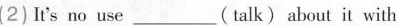
(2)It's no use_(talk)about it with